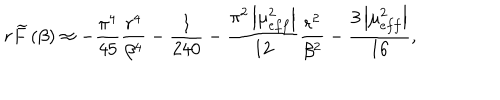
LaTeX: r \widetilde { F } \left( \beta \right) \approx - \frac { \pi ^ { 4 } } { 4 5 } \frac { r ^ { 4 } } { \beta ^ { 4 } } - \frac { 1 } { 2 4 0 } - \frac { \pi ^ { 2 } \left| \mu _ { e f f } ^ { 2 } \right| } { 1 2 } \frac { r ^ { 2 } } { \beta ^ { 2 } } - \frac { 3 \left| \mu _ { e f f } ^ { 2 } \right| } { 1 6 } ,